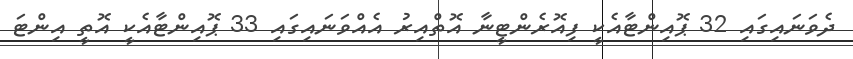
ދެވަނައިގައި 32 ޕޮއިންޓާއެކީ ފިއޮރެންޓީނާ އޮތްއިރު އެއްވަނައިގައި 33 ޕޮއިންޓާއެކީ އޮތީ އިންޓަ